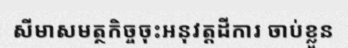
សីមាសមត្ថកិច្ចចុះអនុវត្តដីការ ចាប់ខ្លួន